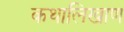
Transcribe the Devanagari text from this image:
कथालिखाण